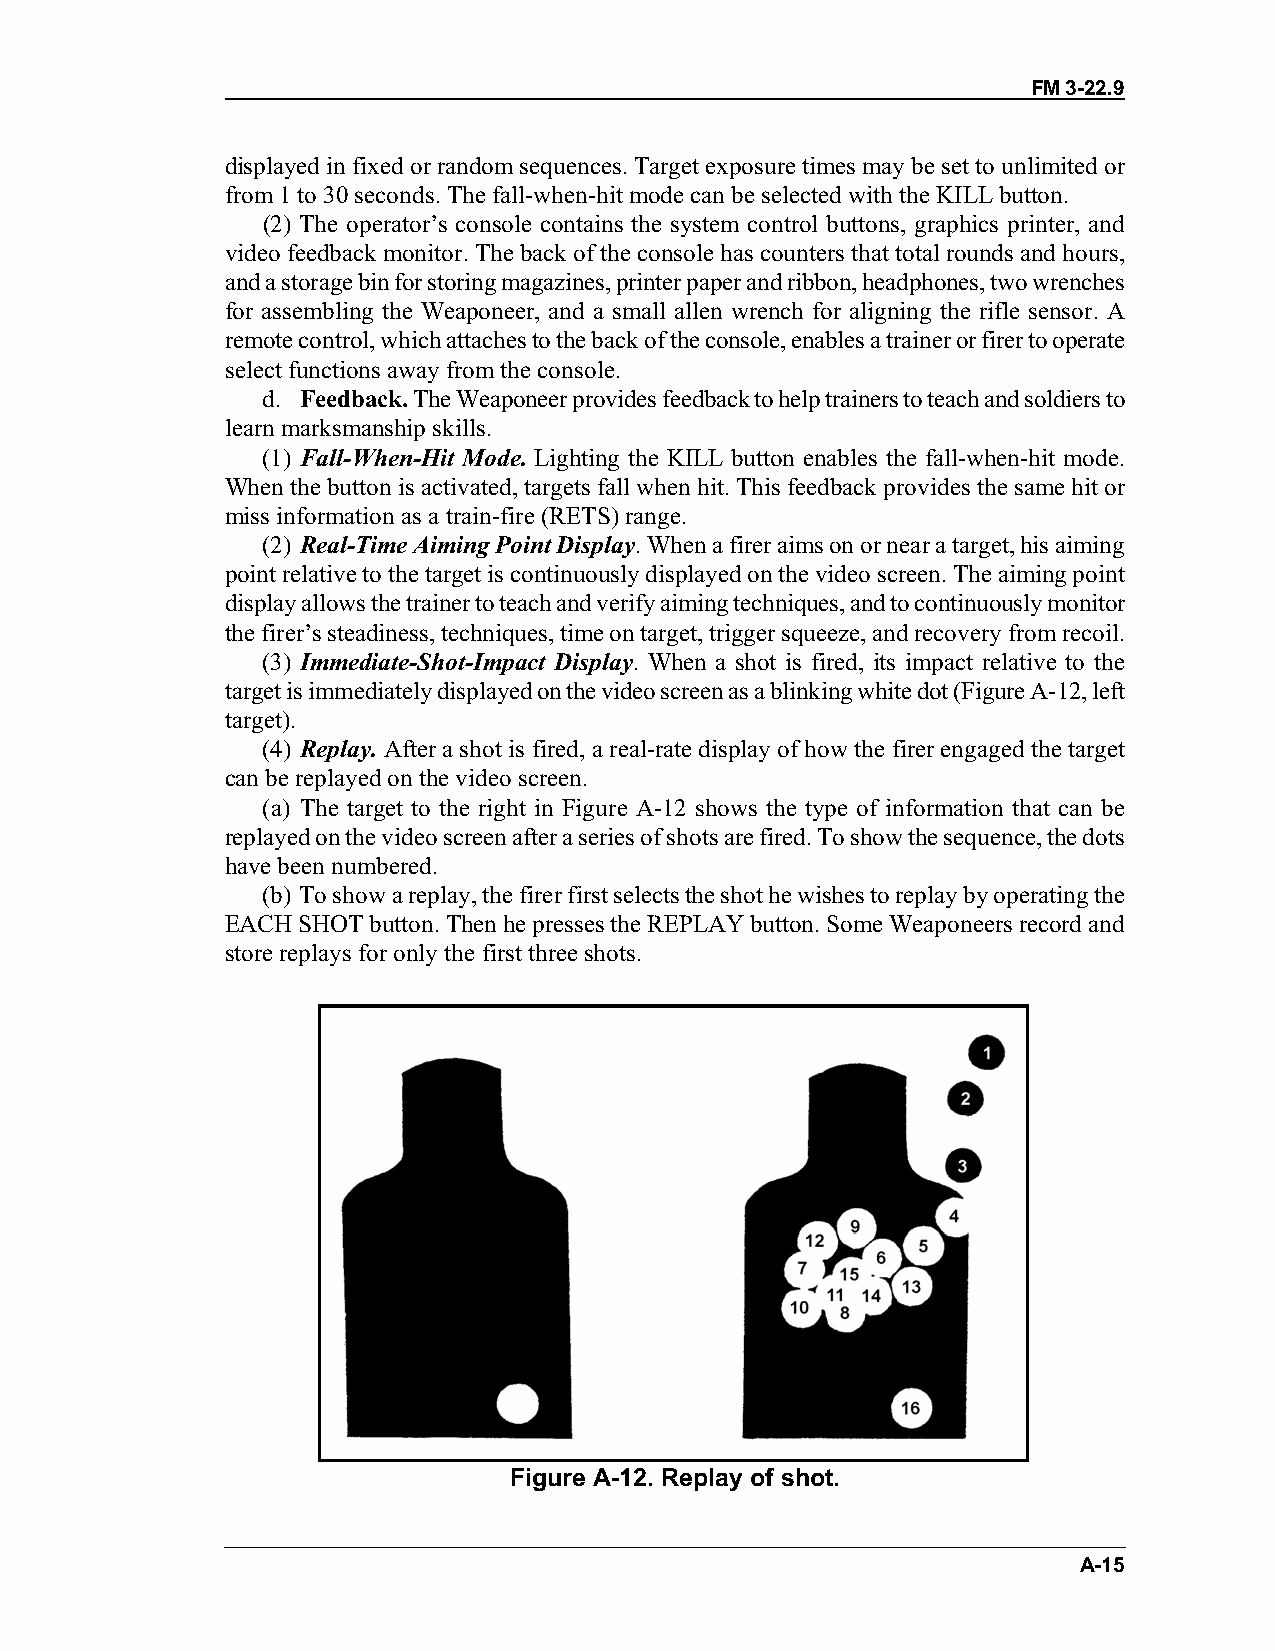
FM 3-22.9
 displayed in fixed or random sequences. Target exposure times may be set to unlimited or
 from 1 to 30 seconds. The fall-when-hit mode can be selected with the KILL button.
 (2) The operator’s console contains the system control buttons, graphics printer, and
 video feedback monitor. The back of the console has counters that total rounds and hours,
 and a storage bin for storing magazines, printer paper and ribbon, headphones, two wrenches
 for assembling the Weaponeer, and a small allen wrench for aligning the rifle sensor. A
 remote control, which attaches to the back of the console, enables a trainer or firer to operate
 select functions away from the console.
 d. Feedback. The Weaponeer provides feedback to help trainers to teach and soldiers to
 learn marksmanship skills.
 (1) Fall-When-Hit Mode. Lighting the KILL button enables the fall-when-hit mode.
 When the button is activated, targets fall when hit. This feedback provides the same hit or
 miss information as a train-fire (RETS) range.
 (2) Real-Time Aiming Point Display. When a firer aims on or near a target, his aiming
 point relative to the target is continuously displayed on the video screen. The aiming point
 display allows the trainer to teach and verify aiming techniques, and to continuously monitor
 the firer’s steadiness, techniques, time on target, trigger squeeze, and recovery from recoil.
 (3) Immediate-Shot-Impact Display. When a shot is fired, its impact relative to the
 target is immediately displayed on the video screen as a blinking white dot (Figure A-12, left
 target).
 (4) Replay. After a shot is fired, a real-rate display of how the firer engaged the target
 can be replayed on the video screen.
 (a) The target to the right in Figure A-12 shows the type of information that can be
 replayed on the video screen after a series of shots are fired. To show the sequence, the dots
 have been numbered.
 (b) To show a replay, the firer first selects the shot he wishes to replay by operating the
 EACH SHOT button. Then he presses the REPLAY button. Some Weaponeers record and
 store replays for only the first three shots.
 Figure A-12. Replay of shot.
 A-15